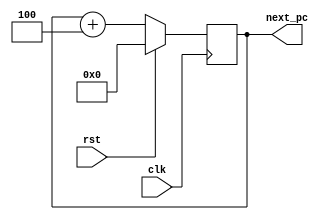
module program_counter2a (next_pc,rst,clk);
	output [0:31] next_pc;
	input clk;
	input rst;
	reg [0:31] next_pc;		
	always @(posedge clk)
	begin
		if(rst)
		begin
			next_pc<=32'd0;
		end
		else
		begin
			next_pc<=next_pc+32'd4;
		end
	end
endmodule